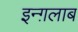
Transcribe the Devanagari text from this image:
इन्ग़लाब